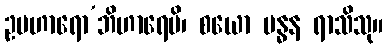
ဥပဟာရော’ဘိဟာရေပိ၊ စယော ဗန္ဓန ရာသိသု။